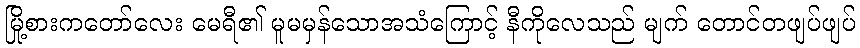
မြို့စားကတော်လေး မေရီ၏ မူမမှန်သောအသံကြောင့် နီကိုလေသည် မျက် တောင်တဖျပ်ဖျပ်